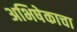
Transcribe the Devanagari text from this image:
अभिषेकाचा